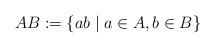
LaTeX: \begin{align*}AB:=\{ab\mid a\in A,b\in B\}\end{align*}